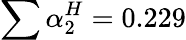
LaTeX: \sum\alpha_{2}^{H}=0.229